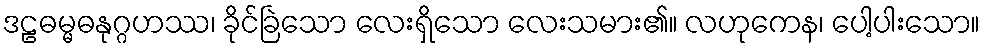
ဒဠဓမ္မဓနုဂ္ဂဟဿ၊ ခိုင်ခြဲသော လေးရှိသော လေးသမား၏။ လဟုကေန၊ ပေါ့ပါးသော။